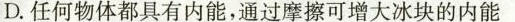
D.任何物体都具有内能，通过摩擦可增大冰块的内能